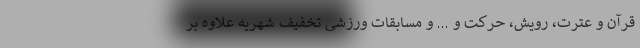
قرآن و عترت، رویش، حرکت و ... و مسابقات ورزشی تخفیف شهریه علاوه بر